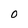
Character: 0